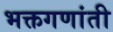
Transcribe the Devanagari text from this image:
भक्तगणांती